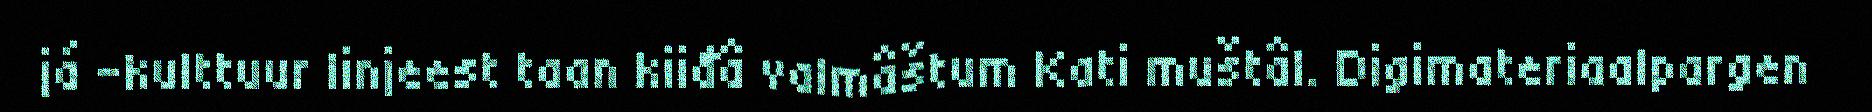
já -kulttuur linjeest taan kiiđâ valmâštum Kati muštâl. Digimateriaalpargen